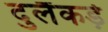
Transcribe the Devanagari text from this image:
दुलैंकड़े